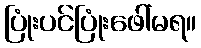
ပြုံးပင်ပြုံးဖေါ်မရ။